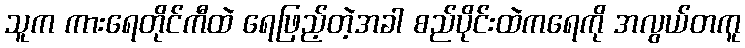
သူက ကားရေတိုင်ကီထဲ ရေဖြည့်တဲ့အခါ စည်ပိုင်းထဲကရေကို အလွယ်တကူ